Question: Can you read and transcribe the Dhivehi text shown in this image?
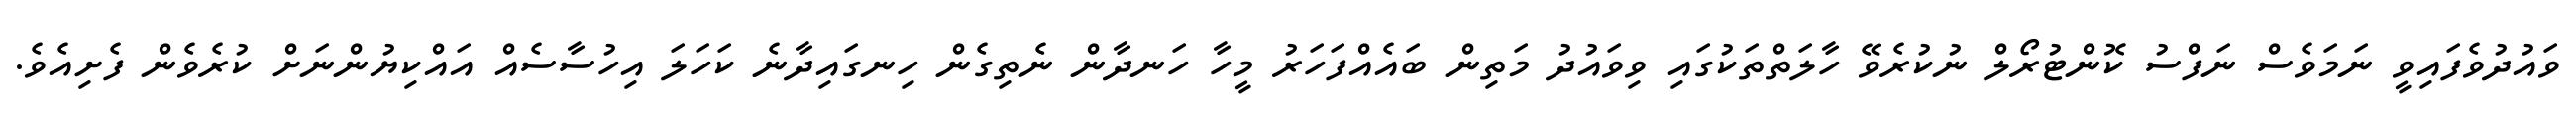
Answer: ވައުދުވެފައިވީ ނަމަވެސް ނަފްސު ކޮންޓުރޯލް ނުކުރެވޭ ހާލަތްތަކުގައި ވިވައުދު މަތިން ބައެއްފަހަރު މީހާ ހަނދާން ނެތިގެން ހިނގައިދާނެ ކަހަލަ އިހުސާސެއް އައްކިޔުންނަށް ކުރެވެން ފެށިއެވެ.